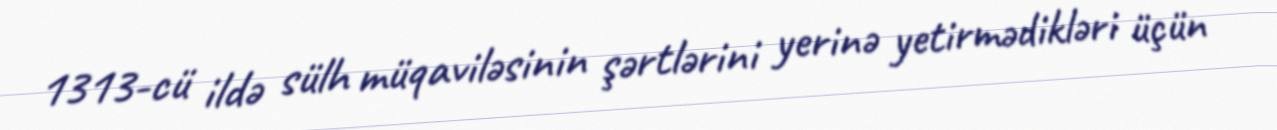
1313-cü ildə sülh müqaviləsinin şərtlərini yerinə yetirmədikləri üçün